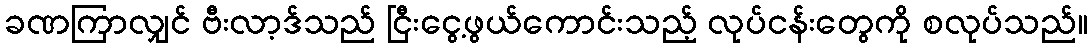
ခဏကြာလျှင် ဗီးလာ့ဒ်သည် ငြီးငွေ့ဖွယ်ကောင်းသည့် လုပ်ငန်းတွေကို စလုပ်သည်။